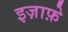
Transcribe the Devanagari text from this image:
इज़ाफ़े